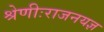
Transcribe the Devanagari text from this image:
श्रेणीःराजनयज्ञ